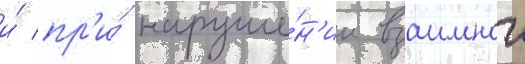
и́ пр'и́ наруше́н'ии взаимнои